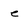
Character: e